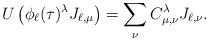
LaTeX: \begin{align*}U\left(\phi_{\ell}(\tau)^{\lambda}J_{\ell,\mu}\right)=\sum_{\nu}C_{\mu,\nu}^{\lambda}J_{\ell,\nu}.\end{align*}